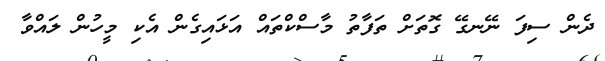
ދެން ސިފަ ނޭނގޭ ގޮތަށް ތަފާތު މާސްކްތައް އަޅައިގެން އެކި މީހުން ލައްވާ